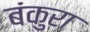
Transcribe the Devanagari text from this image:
बंकुरा